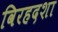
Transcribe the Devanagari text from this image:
विरहदशा